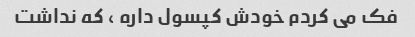
فک می کردم خودش کپسول داره ، که نداشت